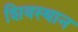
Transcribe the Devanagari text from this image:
शिवस्थान